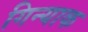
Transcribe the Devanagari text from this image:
गिन्याक